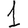
Digit: 1